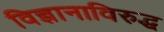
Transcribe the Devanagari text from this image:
विज्ञानाविरुद्ध